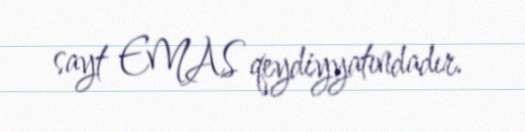
sayt EMAS qeydiyyatındadır.